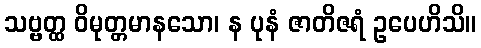
သဗ္ဗတ္ထ ဝိမုတ္တမာနသော၊ န ပုနံ ဇာတိဇရံ ဥပေဟိသိ။